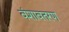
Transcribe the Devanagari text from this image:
वंशावतरण